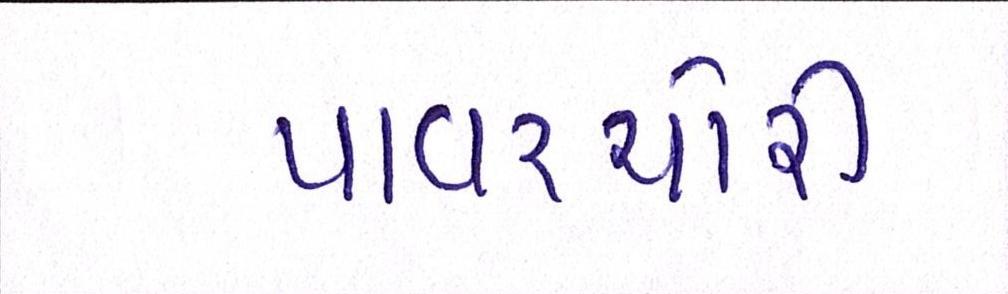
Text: પાવરચોરી